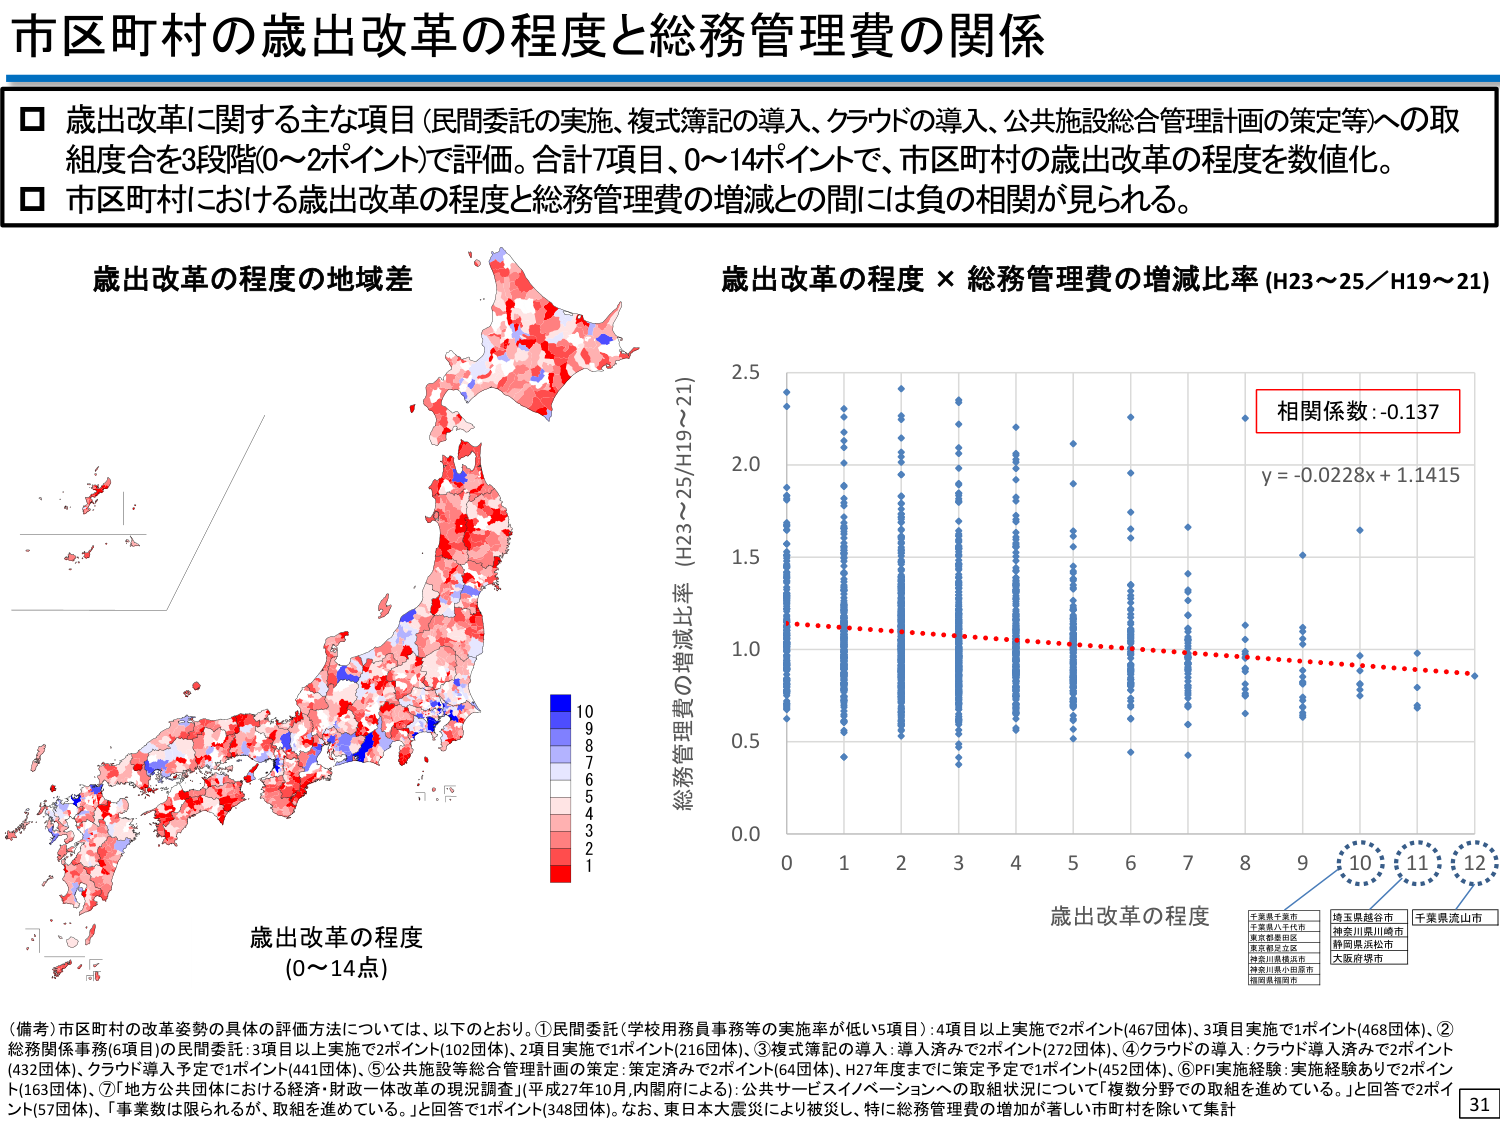
市区町村の歳出改革の程度と総務管理費の関係

□ 歳出改革に関する主な項目（民間委託の実施、複式簿記の導入、クラウドの導入、公共施設総合管理計画の策定等）への取組度合を3段階（0～2ポイント）で評価。合計7項目、0～14ポイントで、市区町村の歳出改革の程度を数値化。
□ 市区町村における歳出改革の程度と総務管理費の増減との間には負の相関が見られる。

歳出改革の程度の地域差

歳出改革の程度 × 総務管理費の増減比率 (H23～25／H19～21)

相関係数：-0.137
y = -0.0228x + 1.1415

歳出改革の程度
(0～14点)

（備考）市区町村の改革姿勢の具体的評価方法については、以下のとおり。①民間委託（学校用務員事務等の実施率が低い5項目）：4項目以上実施で2ポイント（467団体）、3項目実施で1ポイント（468団体）、②総務関係事務（6項目）の民間委託：3項目以上実施で2ポイント（102団体）、2項目実施で1ポイント（216団体）、③複式簿記の導入：導入済みで2ポイント（272団体）、④クラウドの導入：クラウド導入済みで2ポイント（432団体）、クラウド導入予定で1ポイント（441団体）、⑤公共施設等総合管理計画の策定：策定済みで2ポイント（64団体）、H27年度までに策定予定で1ポイント（452団体）、⑥PFI実施経験：実施経験ありで2ポイント（163団体）、⑦「地方公共団体における経済・財政一体改革の現況調査」（平成27年10月、内閣府による）：公共サービスイノベーションへの取組状況について「複数分野での取組を進めている。」と回答で2ポイント（57団体）、「事業数は限られるが、取組を進めている。」と回答で1ポイント（348団体）。なお、東日本大震災により被災し、特に総務管理費の増加が著しい市町村を除いて集計

千葉県千葉市
千葉県八千代市
東京都墨田区
東京都足立区
神奈川県横浜市
神奈川県小田原市
福岡県福岡市
埼玉県越谷市
神奈川県川崎市
静岡県浜松市
大阪府堺市
千葉県流山市

31